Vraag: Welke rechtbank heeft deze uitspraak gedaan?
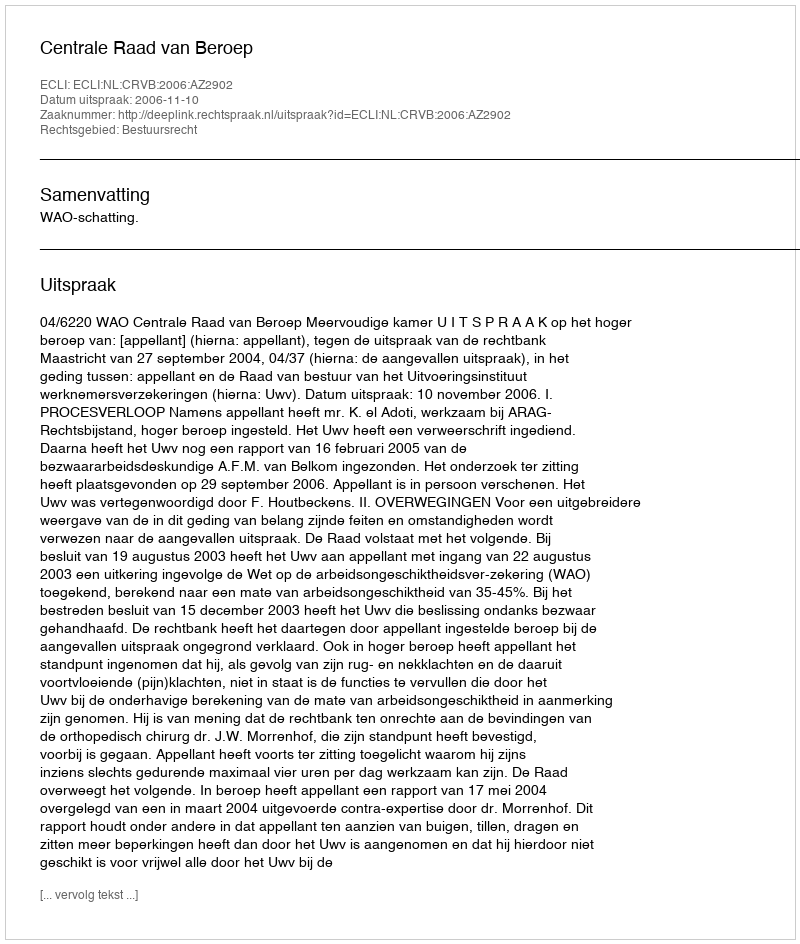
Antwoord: Centrale Raad van Beroep